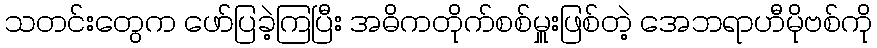
သတင်းတွေက ဖော်ပြခဲ့ကြပြီး အဓိကတိုက်စစ်မှူးဖြစ်တဲ့ အေဘရာဟီမိုဗစ်ကို